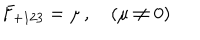
F _ { + 1 2 3 } = \mu \, , \quad ( \mu \neq 0 )